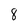
Character: 8